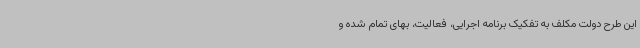
این طرح دولت مکلف به تفکیک برنامه اجرایی، فعالیت، بهای تمام شده و